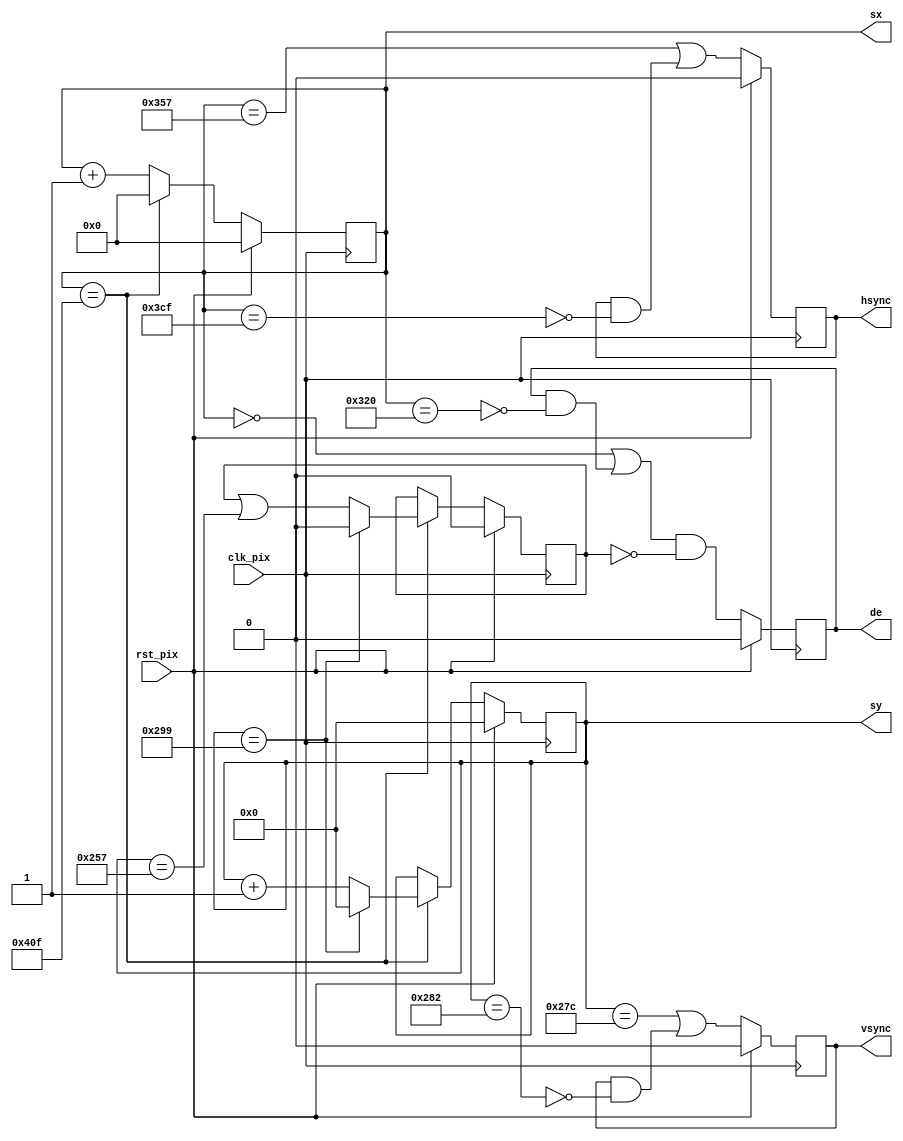
module simple_600p_regs (
   input  wire clk_pix,   // pixel clock
   input  wire rst_pix,   // reset in pixel clock domain
   output reg  [10:0] sx, // horizontal screen position
   output reg  [ 9:0] sy, // vertical screen position
   output reg  hsync,     // horizontal sync
   output reg  vsync,     // vertical sync
   output reg  de         // data enable (low in blanking interval)
);

   // Horizontal timings
   parameter HA_END = 799;           // end of active pixels
   parameter HS_STA = HA_END + 56;   // sync starts after front porch
   parameter HS_END = HS_STA + 120;  // sync ends
   parameter LINE   = 1039;          // last pixel on line (after back porch)

   // Hertical timings
   parameter VA_END = 599;           // end of active pixels
   parameter VS_STA = VA_END + 37;   // sync starts after front porch
   parameter VS_END = VS_STA + 6;    // sync ends
   parameter SCREEN = 665;           // last line on screen (after back porch)

   reg blanky;

   always @(posedge clk_pix)
   begin
      if (rst_pix) begin
         sx <= 0;
         sy <= 0;
         hsync  <= 0;
         vsync  <= 0;
         de     <= 0;
         blanky <= 0;
      end
      else begin

         hsync <= (sx == HS_STA) | (hsync & ~(sx == HS_END)); // positive polarity
         vsync <= (sy == VS_STA) | (vsync & ~(sy == VS_END)); // positive polarity

         de <= ((sx == 0) | (de & ~(sx == HA_END+1))) & ~blanky;

         if (sx == LINE) begin  // last pixel on line?
             sx <= 0;

             if (sy == SCREEN) begin sy <= 0;      blanky <= 0;                       end
             else              begin sy <= sy + 1; blanky <= blanky | (sy == VA_END); end

         end else begin
            sx <= sx + 1;
         end

      end
   end
endmodule